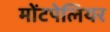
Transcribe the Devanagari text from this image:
मोंटपेलियर